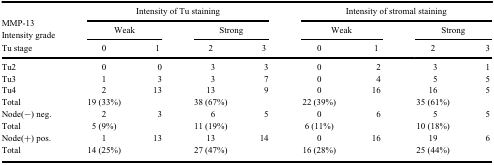
<table><thead><tr><td><b>MMP-13</b></td><td colspan="4"><b>Intensity of Tu staining</b></td><td colspan="4"><b>Intensity of stromal staining</b></td></tr><tr><td><b>Intensity grade</b></td><td colspan="2"><b>Weak</b></td><td colspan="2"><b>Strong</b></td><td colspan="2"><b>Weak</b></td><td colspan="2"><b>Strong</b></td></tr><tr><td><b>Tu stage</b></td><td><b>0</b></td><td><b>1</b></td><td><b>2</b></td><td><b>3</b></td><td><b>0</b></td><td><b>1</b></td><td><b>2</b></td><td><b>3</b></td></tr></thead><tbody><tr><td>Tu2</td><td>0</td><td>0</td><td>3</td><td>3</td><td>0</td><td>2</td><td>3</td><td>1</td></tr><tr><td>Tu3</td><td>1</td><td>3</td><td>3</td><td>7</td><td>0</td><td>4</td><td>5</td><td>5</td></tr><tr><td>Tu4</td><td>2</td><td>13</td><td>13</td><td>9</td><td>0</td><td>16</td><td>16</td><td>5</td></tr><tr><td>Total</td><td>19 (33%)</td><td> </td><td>38 (67%)</td><td> </td><td>22 (39%)</td><td> </td><td>35 (61%)</td><td> </td></tr><tr><td>Node(−) neg.</td><td>2</td><td>3</td><td>6</td><td>5</td><td>0</td><td>6</td><td>5</td><td>5</td></tr><tr><td>Total</td><td>5 (9%)</td><td> </td><td>11 (19%)</td><td> </td><td>6 (11%)</td><td> </td><td>10 (18%)</td><td> </td></tr><tr><td>Node(+) pos.</td><td>1</td><td>13</td><td>13</td><td>14</td><td>0</td><td>16</td><td>19</td><td>6</td></tr><tr><td>Total</td><td>14 (25%)</td><td> </td><td>27 (47%)</td><td> </td><td>16 (28%)</td><td> </td><td>25 (44%)</td><td> </td></tr></tbody></table>